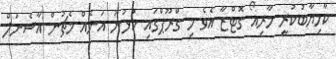
ކާމިޔާބުކުރީ މާރިއޯ ގޮޓްޒާ އެވެ މި ގްރޫޕްގައި ކުޅުނު އަނެއް މެޗުން އާސެނަލް